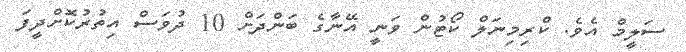
ސަލީމް އެވެ. ކްރިމިނަލް ކޯޓުން ވަނީ އޭނާގެ ބަންދަށް 10 ދުވަސް އިތުރުކޮށްދީފަ